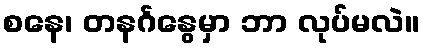
စနေ၊ တနင်္ဂနွေမှာ ဘာ လုပ်မလဲ။